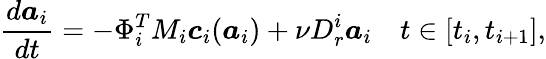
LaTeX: \frac{d\boldsymbol{a}_{i}}{dt}=-\Phi_{i}^{T}M_{i}\boldsymbol{c}_{i}(\boldsymbol{a}_{i})+\nu D_{r}^{i}\boldsymbol{a}_{i}\quad t\in[t_{i},t_{i+1}],